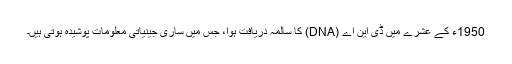
1950ء کے عشرے میں ڈی این اے (DNA) کا سالمہ دریافت ہوا، جس میں ساری جینیاتی معلومات پوشیدہ ہوتی ہیں۔